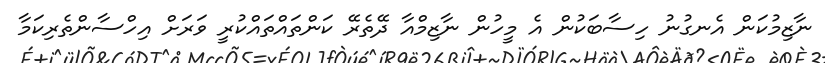
ނާޒިމުކަން އެނގުނު ހިސާބަކުން އެ މީހުން ނާޒިމްއާ ދޭތެރޭ ކަންތައްތައްކުރީ ވަރަށް އިހްސާންތެރިކަމާ